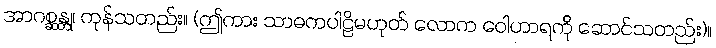
အာဂစ္ဆန္တု၊ ကုန်သတည်း။ (ဤကား သာဓကပါဠိမဟုတ် လောက ဝေါဟာရကို ဆောင်သတည်း)။